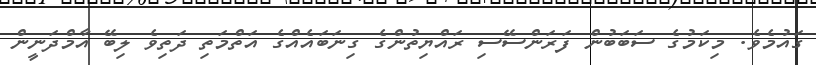
ގައުމެވެ. މިކަމުގެ ސަބަބުން ފަރަންސޭސި ރައްޔިތުންގެ ގިނަބައެއްގެ އަތްމަތި ދަތިވެ ލިބޭ އާމްދަނީން